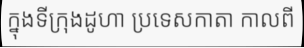
ក្នុងទីក្រុងដូហា ប្រទេសកាតា កាលពី